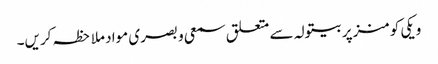
ویکی کومنز پر بیتولہ سے متعلق سمعی و بصری مواد ملاحظہ کریں۔